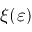
\xi ( \varepsilon )